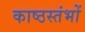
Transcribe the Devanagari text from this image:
काष्ठस्तंभों